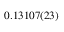
0 . 1 3 1 0 7 ( 2 3 )